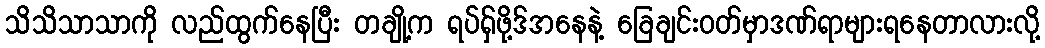
သိသိသာသာကို လည်ထွက်နေပြီး တချို့က ရပ်ရှ်ဖို့ဒ်အနေနဲ့ ခြေချင်းဝတ်မှာဒဏ်ရာများရနေတာလားလို့